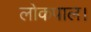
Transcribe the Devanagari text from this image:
लोकपाल।